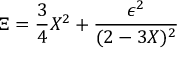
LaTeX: \Xi = { \frac { 3 } { 4 } } X ^ { 2 } + { \frac { \epsilon ^ { 2 } } { ( 2 - 3 X ) ^ { 2 } } }